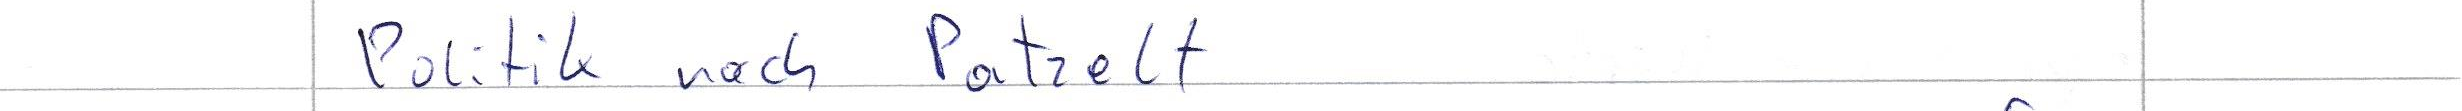
Politik nach Potzelt